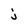
Character: j